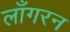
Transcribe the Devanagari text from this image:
लाँगरन